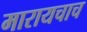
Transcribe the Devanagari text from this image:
मारायचाच